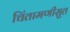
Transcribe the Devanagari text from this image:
चिंतामणीसुत